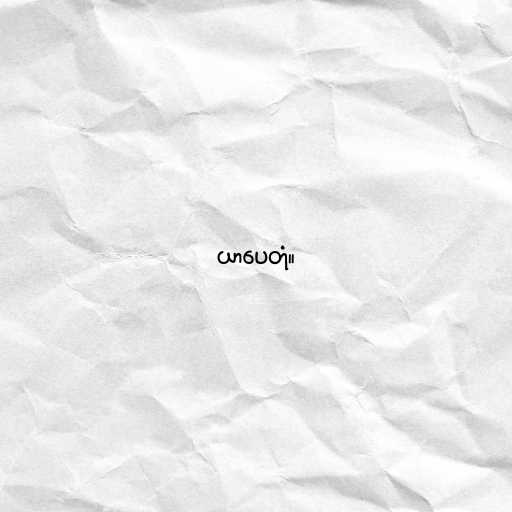
ယာပေတုံ။